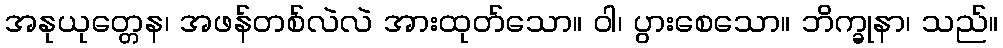
အနုယုတ္တေန၊ အဖန်တစ်လဲလဲ အားထုတ်သော။ ဝါ၊ ပွားစေသော။ ဘိက္ခုနာ၊ သည်။